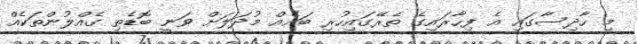
މި ހާދިސާގައި އެ ފިހާރައިގެ ތެރޭގައިހުރި ބައެއް މުދަލަށް ވަނީ ބޮޑެތި ގެއްލުންތަކެއް